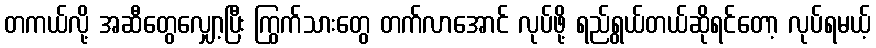
တကယ်လို့ အဆီတွေလျှော့ပြီး ကြွက်သားတွေ တက်လာအောင် လုပ်ဖို့ ရည်ရွယ်တယ်ဆိုရင်တော့ လုပ်ရမယ့်